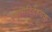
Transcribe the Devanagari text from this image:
स्थूलादिदेहचक्र